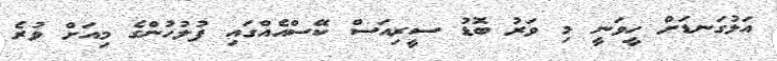
އަޅުގަނޑަށް ހީވަނީ މި ވަރު ބޮޑު ސީރިއަސް ކޭސްއެއްގައި ފުލުހުންގެ މިއަށް ވުރެ